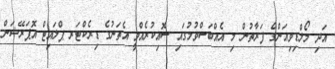
އަދި މޯލްޑިވިއަންގެ ފަރާތުން މި އެއްބަސްވުމުގައި ސޮއިކުރެއްވީ އެތަނުގެ ޑިރެކްޓަރ ޕްލައިޓް އޮޕަރޭޝަން